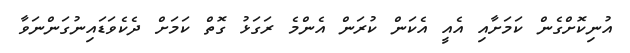
އުނިކޮށްގެން ކަމަށާއި އެއީ އެކަން ކުރަން އެންމެ ރަގަޅު ގޮތް ކަމަށް ދެކެވަޑައިނުގަންނަވާ